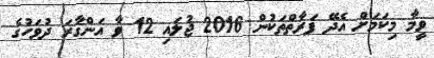
ވީމާ މިކަމަށް އެދޭ ފަރާތްތަކުން 2016 ޖުލައި 12 ވާ އަންގާރަ ދުވަހުގެ